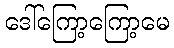
ဒေါ်ကြော့ကြော့မေ